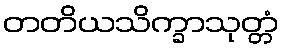
တတိယသိက္ခာသုတ္တံ